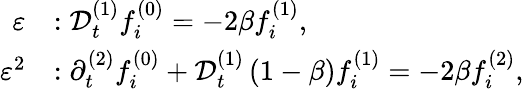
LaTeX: \begin{array}{rl}{\varepsilon}&{:\mathcal{D}_{t}^{(1)}f_{i}^{(0)}=-2\beta f_{i}^{(1)},}\\ {\varepsilon^{2}}&{:\partial_{t}^{(2)}f_{i}^{(0)}+\mathcal{D}_{t}^{(1)}\left(1-\beta\right)f_{i}^{(1)}=-2\beta f_{i}^{(2)},}\end{array}